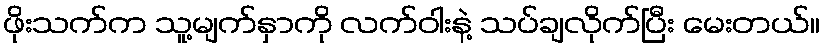
ဖိုးသက်က သူ့မျက်နှာကို လက်ဝါးနဲ့ သပ်ချလိုက်ပြီး မေးတယ်။